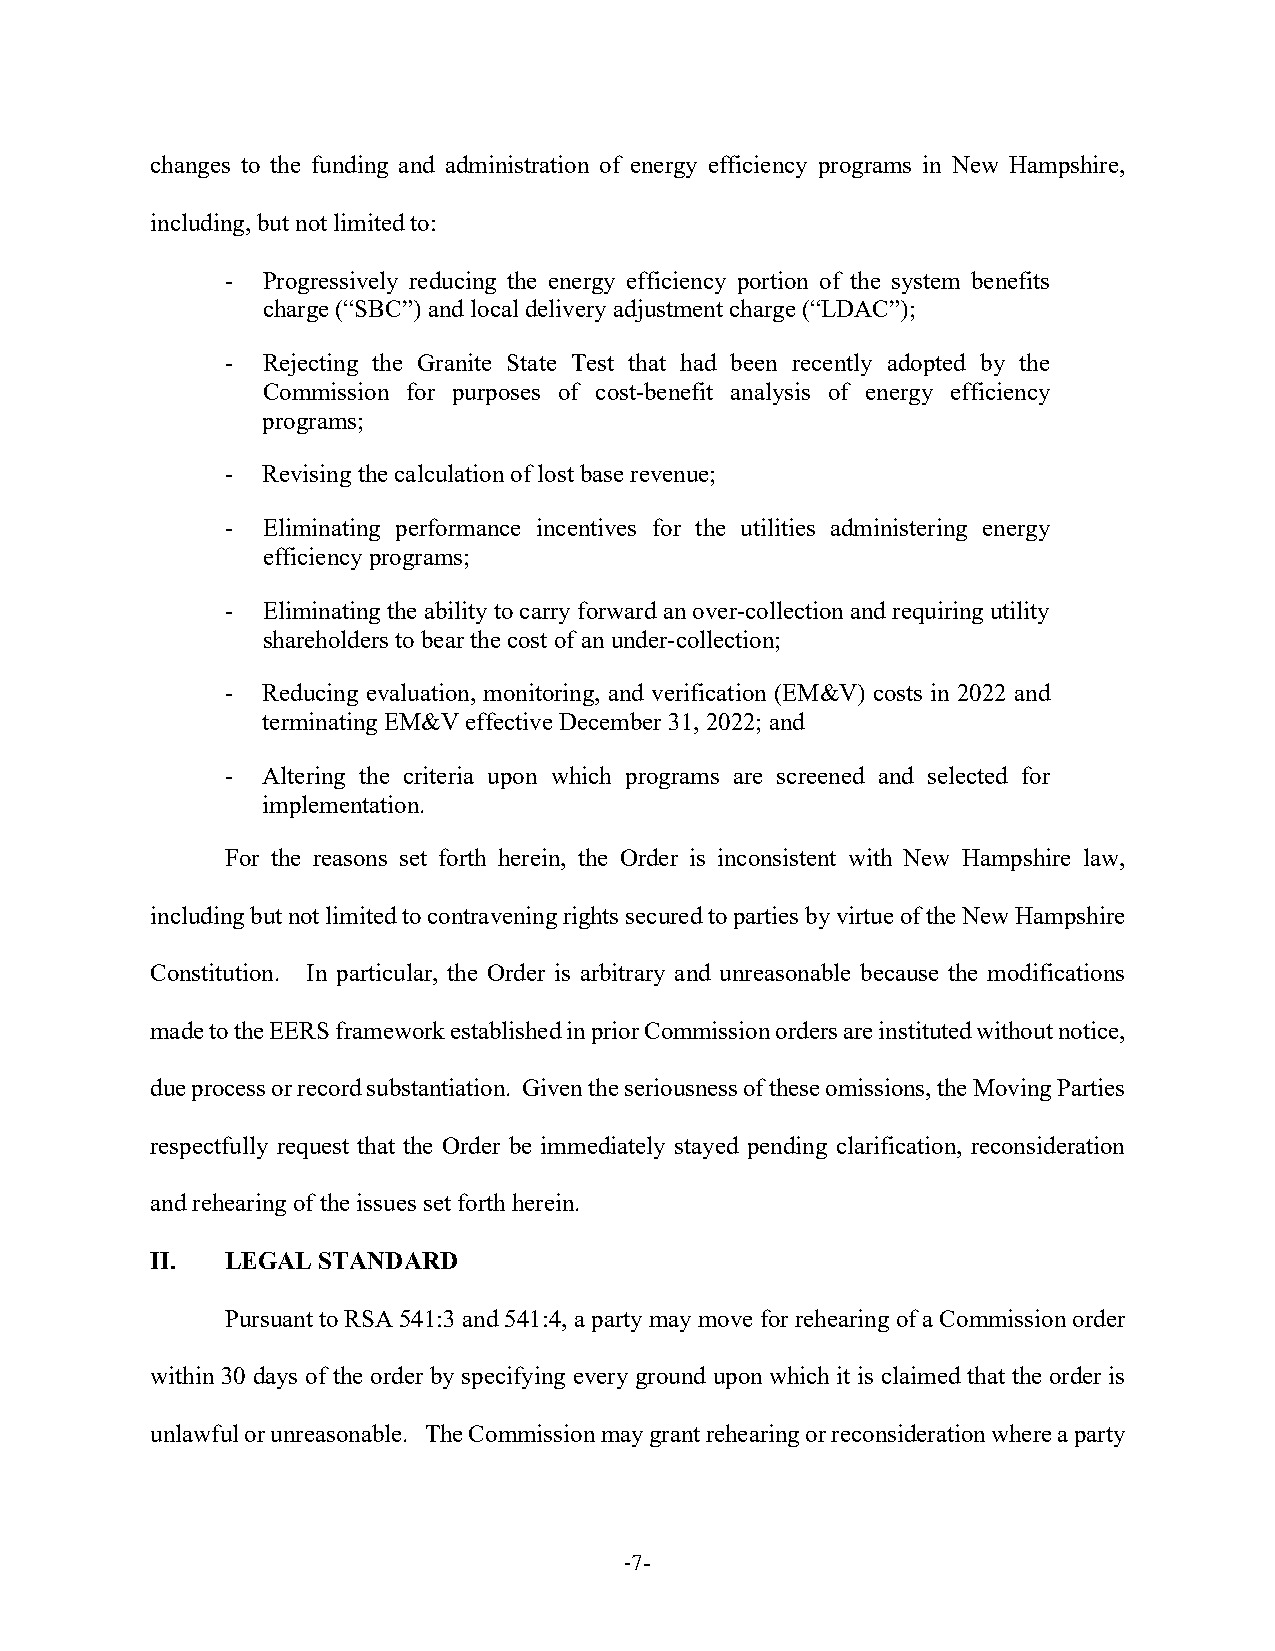
changes to the funding and administration of energy efficiency programs in New Hampshire,
 including, but not limited to:
 - Progressively reducing the energy efficiency portion of the system benefits
 charge (“SBC”) and local delivery adjustment charge (“LDAC”);
 - Rejecting the Granite State Test that had been recently adopted by the
 Commission for purposes of cost-benefit analysis of energy efficiency
 programs;
 - Revising the calculation of lost base revenue;
 - Eliminating performance incentives for the utilities administering energy
 efficiency programs;
 - Eliminating the ability to carry forward an over-collection and requiring utility
 shareholders to bear the cost of an under-collection;
 - Reducing evaluation, monitoring, and verification (EM&V) costs in 2022 and
 terminating EM&V effective December 31, 2022; and
 - Altering the criteria upon which programs are screened and selected for
 implementation.
 For the reasons set forth herein, the Order is inconsistent with New Hampshire law,
 including but not limited to contravening rights secured to parties by virtue of the New Hampshire
 Constitution. In particular, the Order is arbitrary and unreasonable because the modifications
 made to the EERS framework established in prior Commission orders are instituted without notice,
 due process or record substantiation. Given the seriousness of these omissions, the Moving Parties
 respectfully request that the Order be immediately stayed pending clarification, reconsideration
 and rehearing of the issues set forth herein.
 II.  LEGAL STANDARD
 Pursuant to RSA 541:3 and 541:4, a party may move for rehearing of a Commission order
 within 30 days of the order by specifying every ground upon which it is claimed that the order is
 unlawful or unreasonable. The Commission may grant rehearing or reconsideration where a party
 -7-